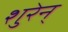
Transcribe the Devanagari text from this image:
शुरेन्